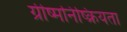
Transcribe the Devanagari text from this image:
ग्रीष्मनिष्क्रियता